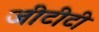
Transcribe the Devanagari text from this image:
जीटीटी